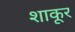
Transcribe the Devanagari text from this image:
शाकूर